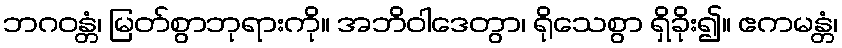
ဘဂဝန္တံ၊ မြတ်စွာဘုရားကို။ အဘိဝါဒေတွာ၊ ရိုသေစွာ ရှိခိုး၍။ ဧကမန္တံ၊